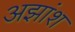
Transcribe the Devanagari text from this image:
अझांश